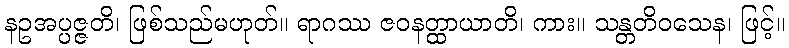
နဥအပ္ပဇ္ဇတိ၊ ဖြစ်သည်မဟုတ်။ ရာဂဿ ဇဝနတ္ထာယာတိ၊ ကား။ သန္တတိဝသေန၊ ဖြင့်။